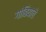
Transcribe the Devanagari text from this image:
गांबियाचे